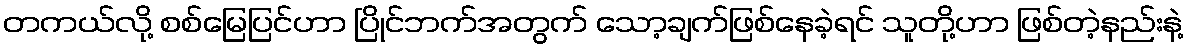
တကယ်လို့ စစ်မြေပြင်ဟာ ပြိုင်ဘက်အတွက် သော့ချက်ဖြစ်နေခဲ့ရင် သူတို့ဟာ ဖြစ်တဲ့နည်းနဲ့